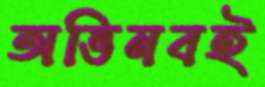
অভিনবই